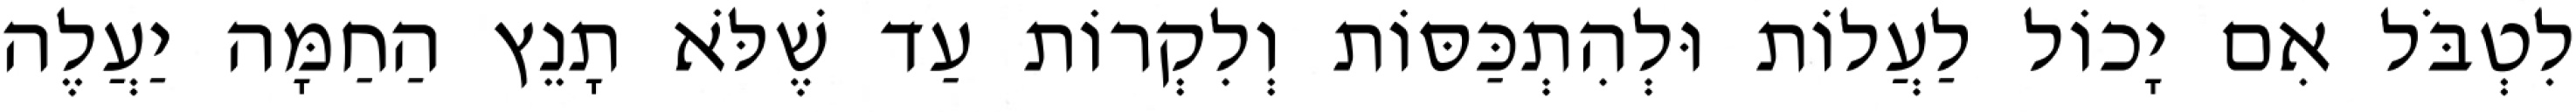
לִטְבֹּל אִם יָכוֹל לַעֲלוֹת וּלְהִתְכַּסּוֹת וְלִקְרוֹת עַד שֶׁלֹּא תָנֵץ הַחַמָּה יַעֲלֶה